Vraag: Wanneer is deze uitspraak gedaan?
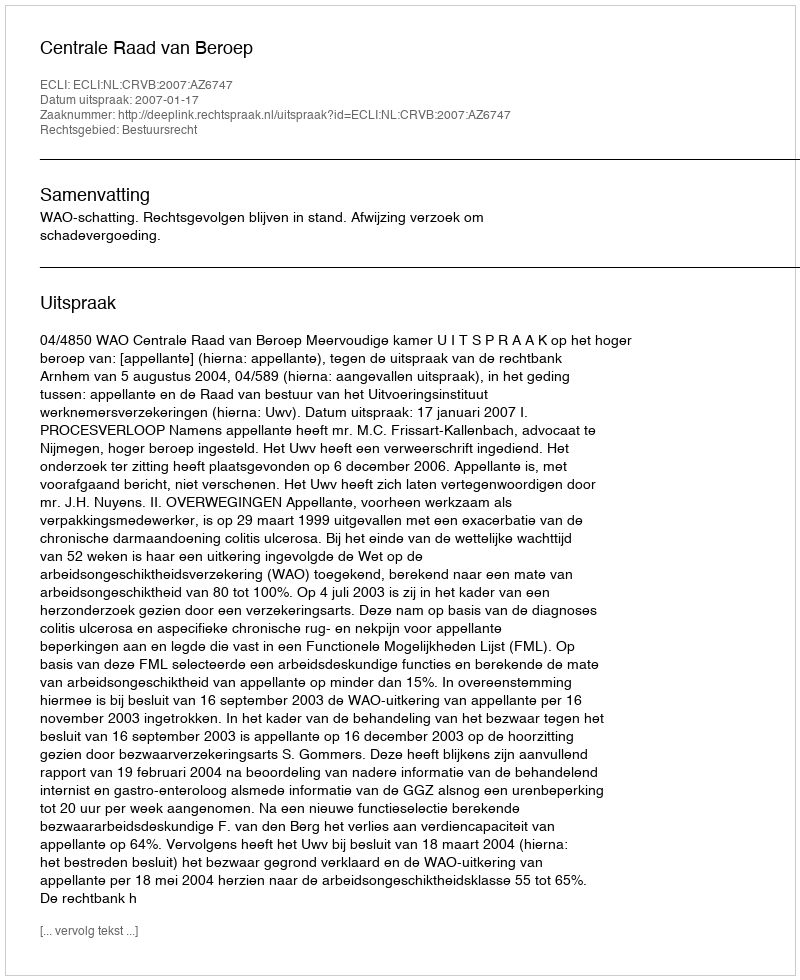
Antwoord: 2007-01-17